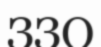
ЗЗО